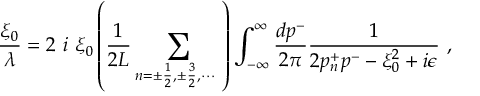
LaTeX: { \frac { \xi _ { 0 } } { \lambda } } = 2 ~ i ~ \xi _ { 0 } \left( { \frac { 1 } { 2 L } } \sum _ { n = \pm \frac { 1 } { 2 } , \pm \frac { 3 } { 2 } , \cdots ~ } \right) \int _ { - \infty } ^ { \infty } { \frac { d p ^ { - } } { 2 \pi } } { \frac { 1 } { 2 p _ { n } ^ { + } p ^ { - } - \xi _ { 0 } ^ { 2 } + i \epsilon } } ~ ,